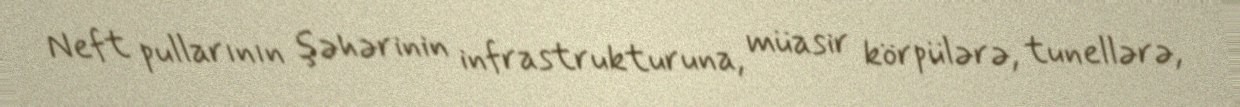
Neft pullarının şəhərinin infrastrukturuna, müasir körpülərə, tunellərə,